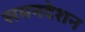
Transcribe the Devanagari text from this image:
समनदेशन